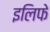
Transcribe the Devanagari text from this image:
इलिफे